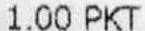
1.00 PKT